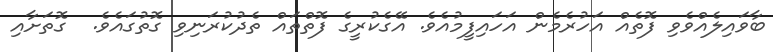
ބާވައިލެއްވެވި ފޮތެއް އަހުރެމެން އަހައިފީމުއެވެ. އޭގެކުރީގެ ފޮތްތައް ތެދުކުރަނިވި ގޮތުގައެވެ.  ގޮތަށާއި